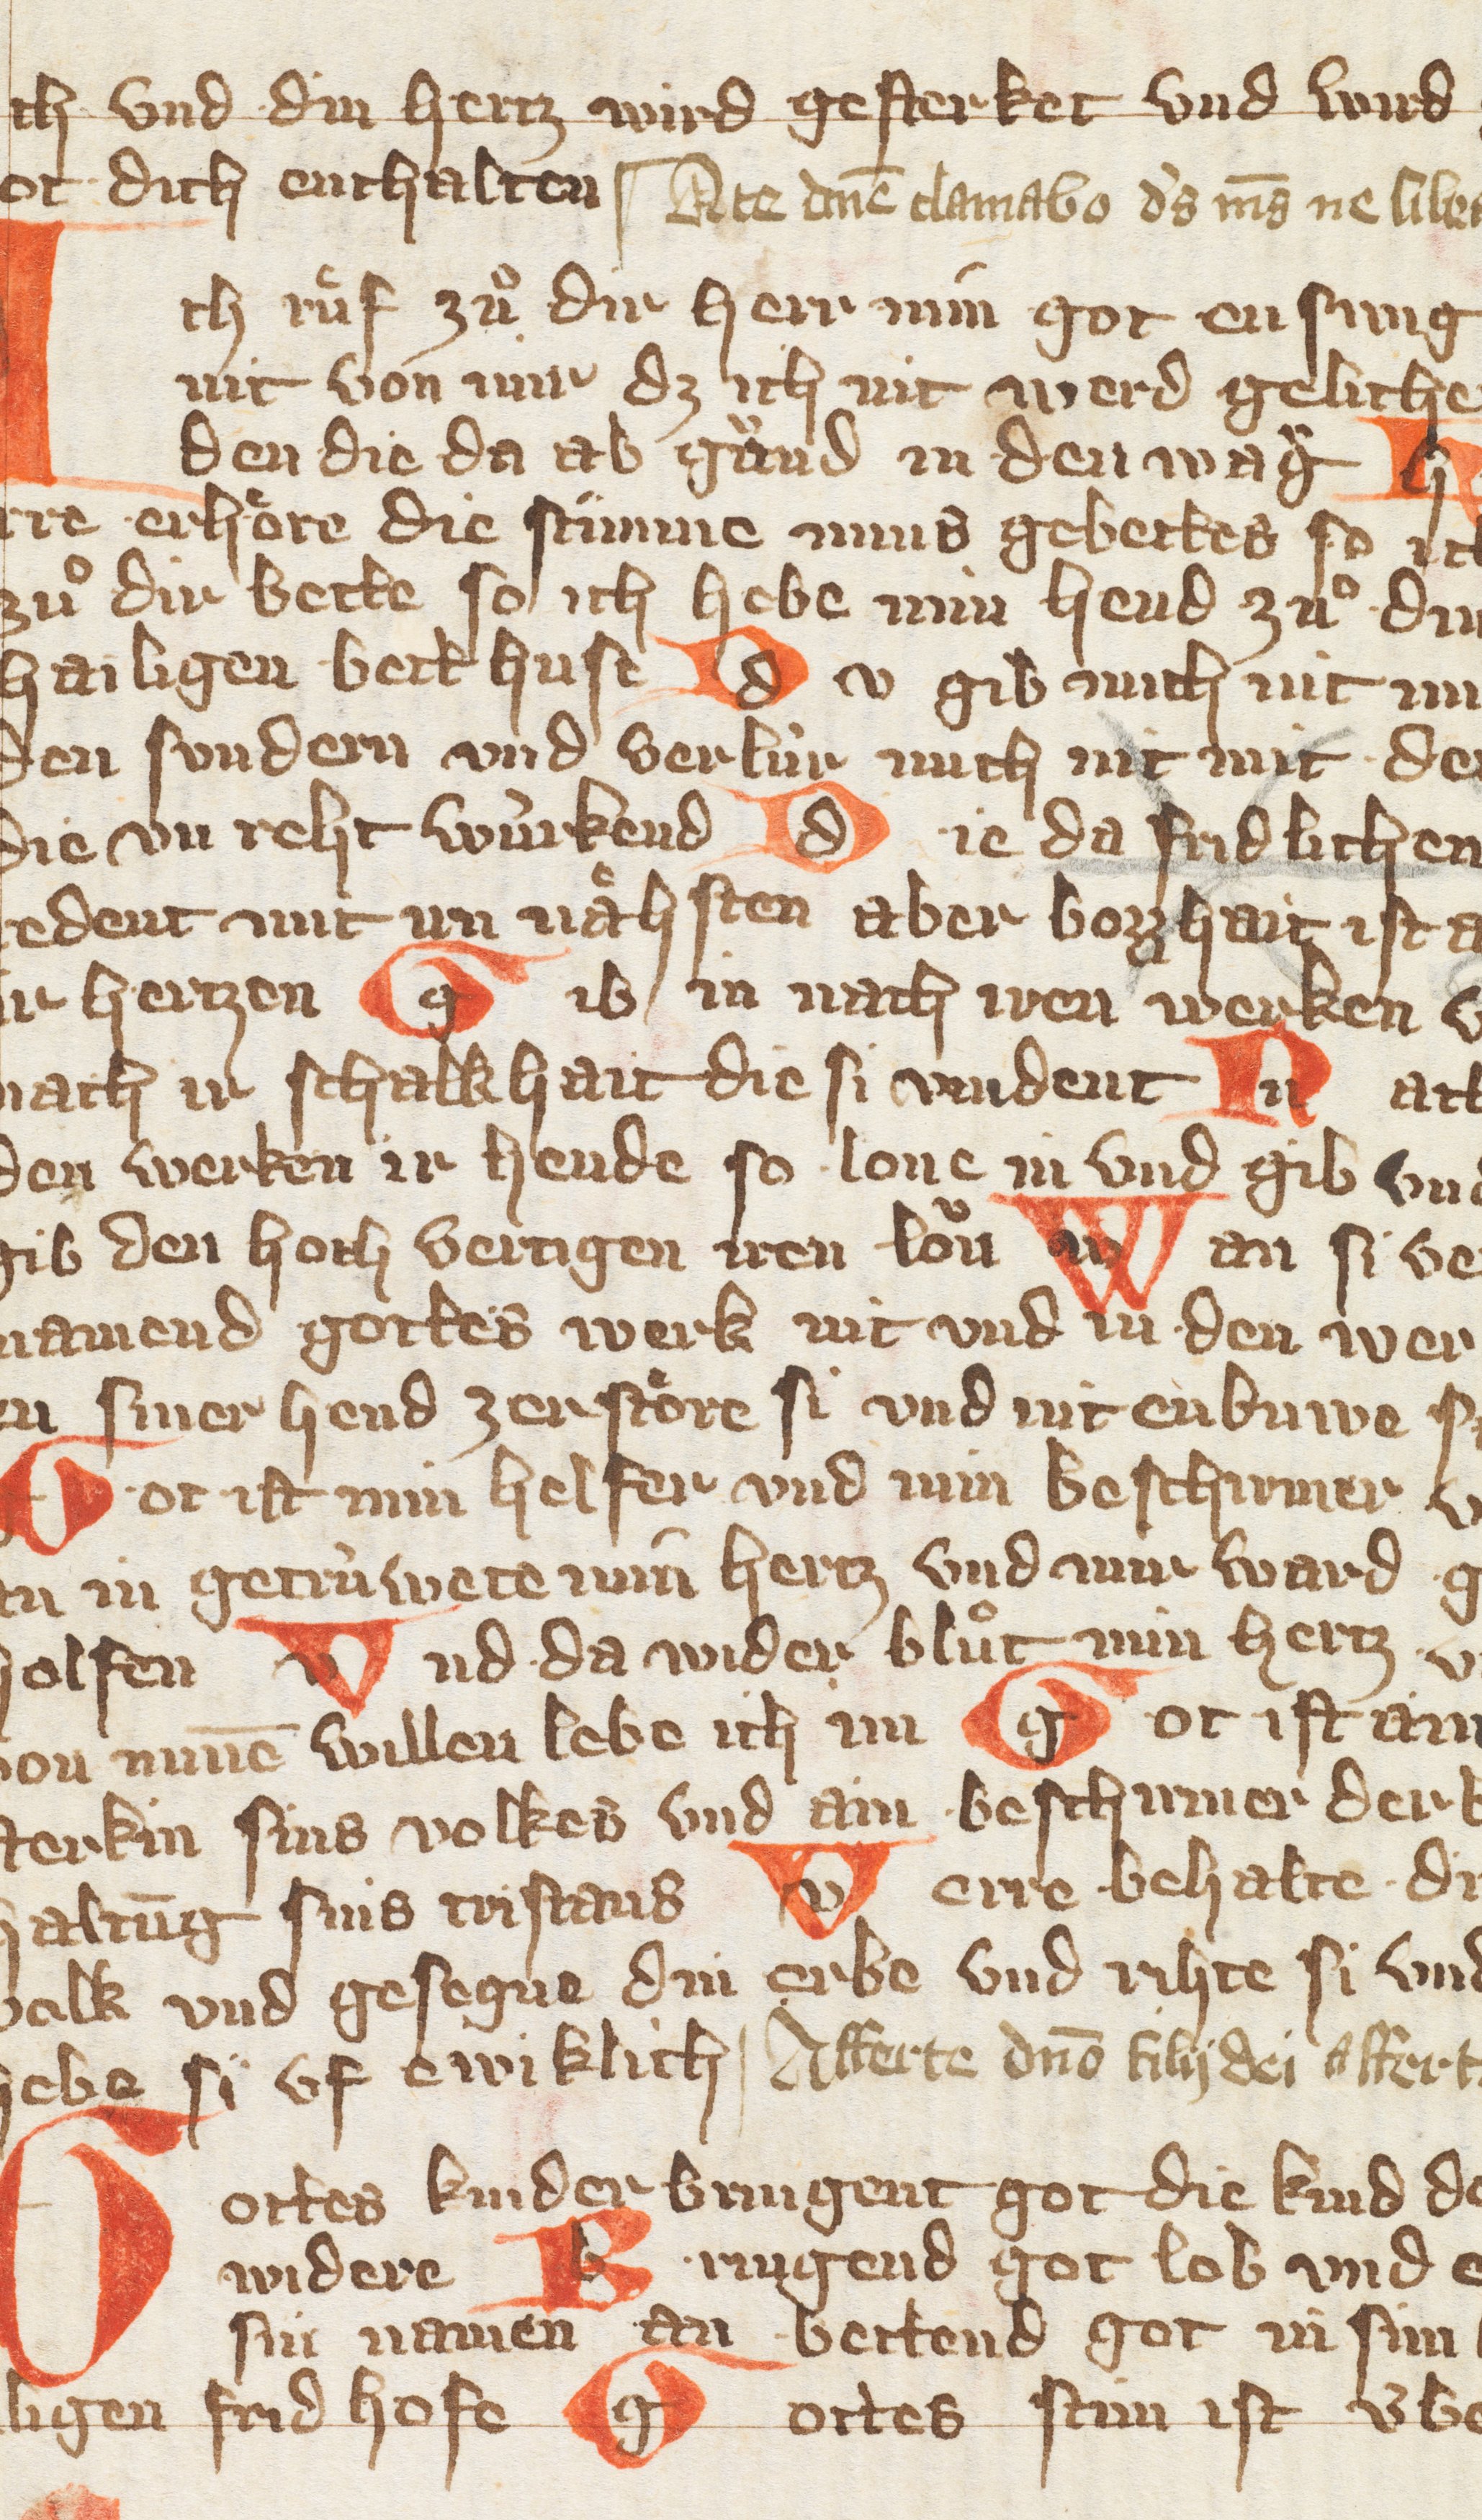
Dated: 1300–1449